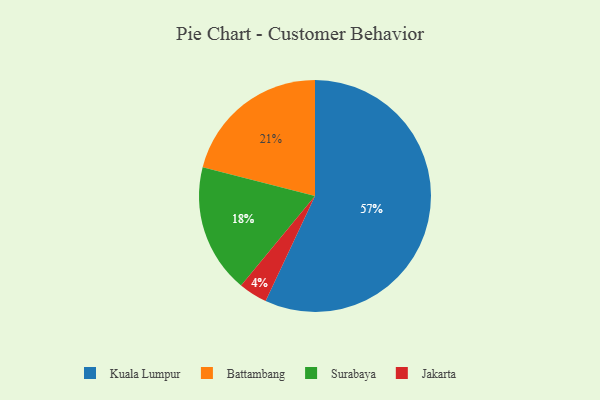
{"axis": {"x": "Category", "y": "Percentage"}, "legend": ["Battambang", "Jakarta", "Kuala Lumpur", "Surabaya"], "data": [{"x": "Surabaya", "y": 18, "type": "Surabaya"}, {"x": "Jakarta", "y": 4, "type": "Jakarta"}, {"x": "Kuala Lumpur", "y": 57, "type": "Kuala Lumpur"}, {"x": "Battambang", "y": 21, "type": "Battambang"}]}